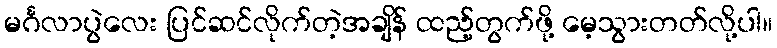
မင်္ဂလာပွဲလေး ပြင်ဆင်လိုက်တဲ့အချိန် ထည့်တွက်ဖို့ မေ့သွားတတ်လို့ပါ။